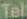
Tel